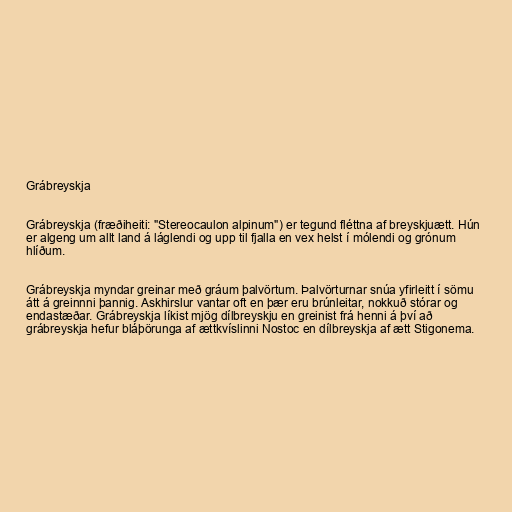
Grábreyskja

Grábreyskja (fræðiheiti: "Stereocaulon alpinum") er tegund fléttna af breyskjuætt. Hún
er algeng um allt land á láglendi og upp til fjalla en vex helst í mólendi og grónum
hlíðum.

Grábreyskja myndar greinar með gráum þalvörtum. Þalvörturnar snúa yfirleitt í sömu
átt á greinnni þannig. Askhirslur vantar oft en þær eru brúnleitar, nokkuð stórar og
endastæðar. Grábreyskja líkist mjög dílbreyskju en greinist frá henni á því að
grábreyskja hefur bláþörunga af ættkvíslinni Nostoc en dílbreyskja af ætt Stigonema.